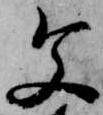
文